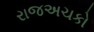
રાજઅચકો